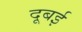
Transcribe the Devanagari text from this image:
दूबई